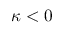
\kappa < 0